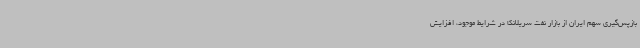
بازپس‌گیری سهم ایران از بازار نفت سریلانکا در شرایط موجود، افزایش